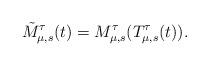
LaTeX: \begin{align*}\tilde M^{\tau}_{\mu,s}(t)= M^{\tau}_{\mu,s}(T_{\mu,s}^{\tau}(t)).\end{align*}